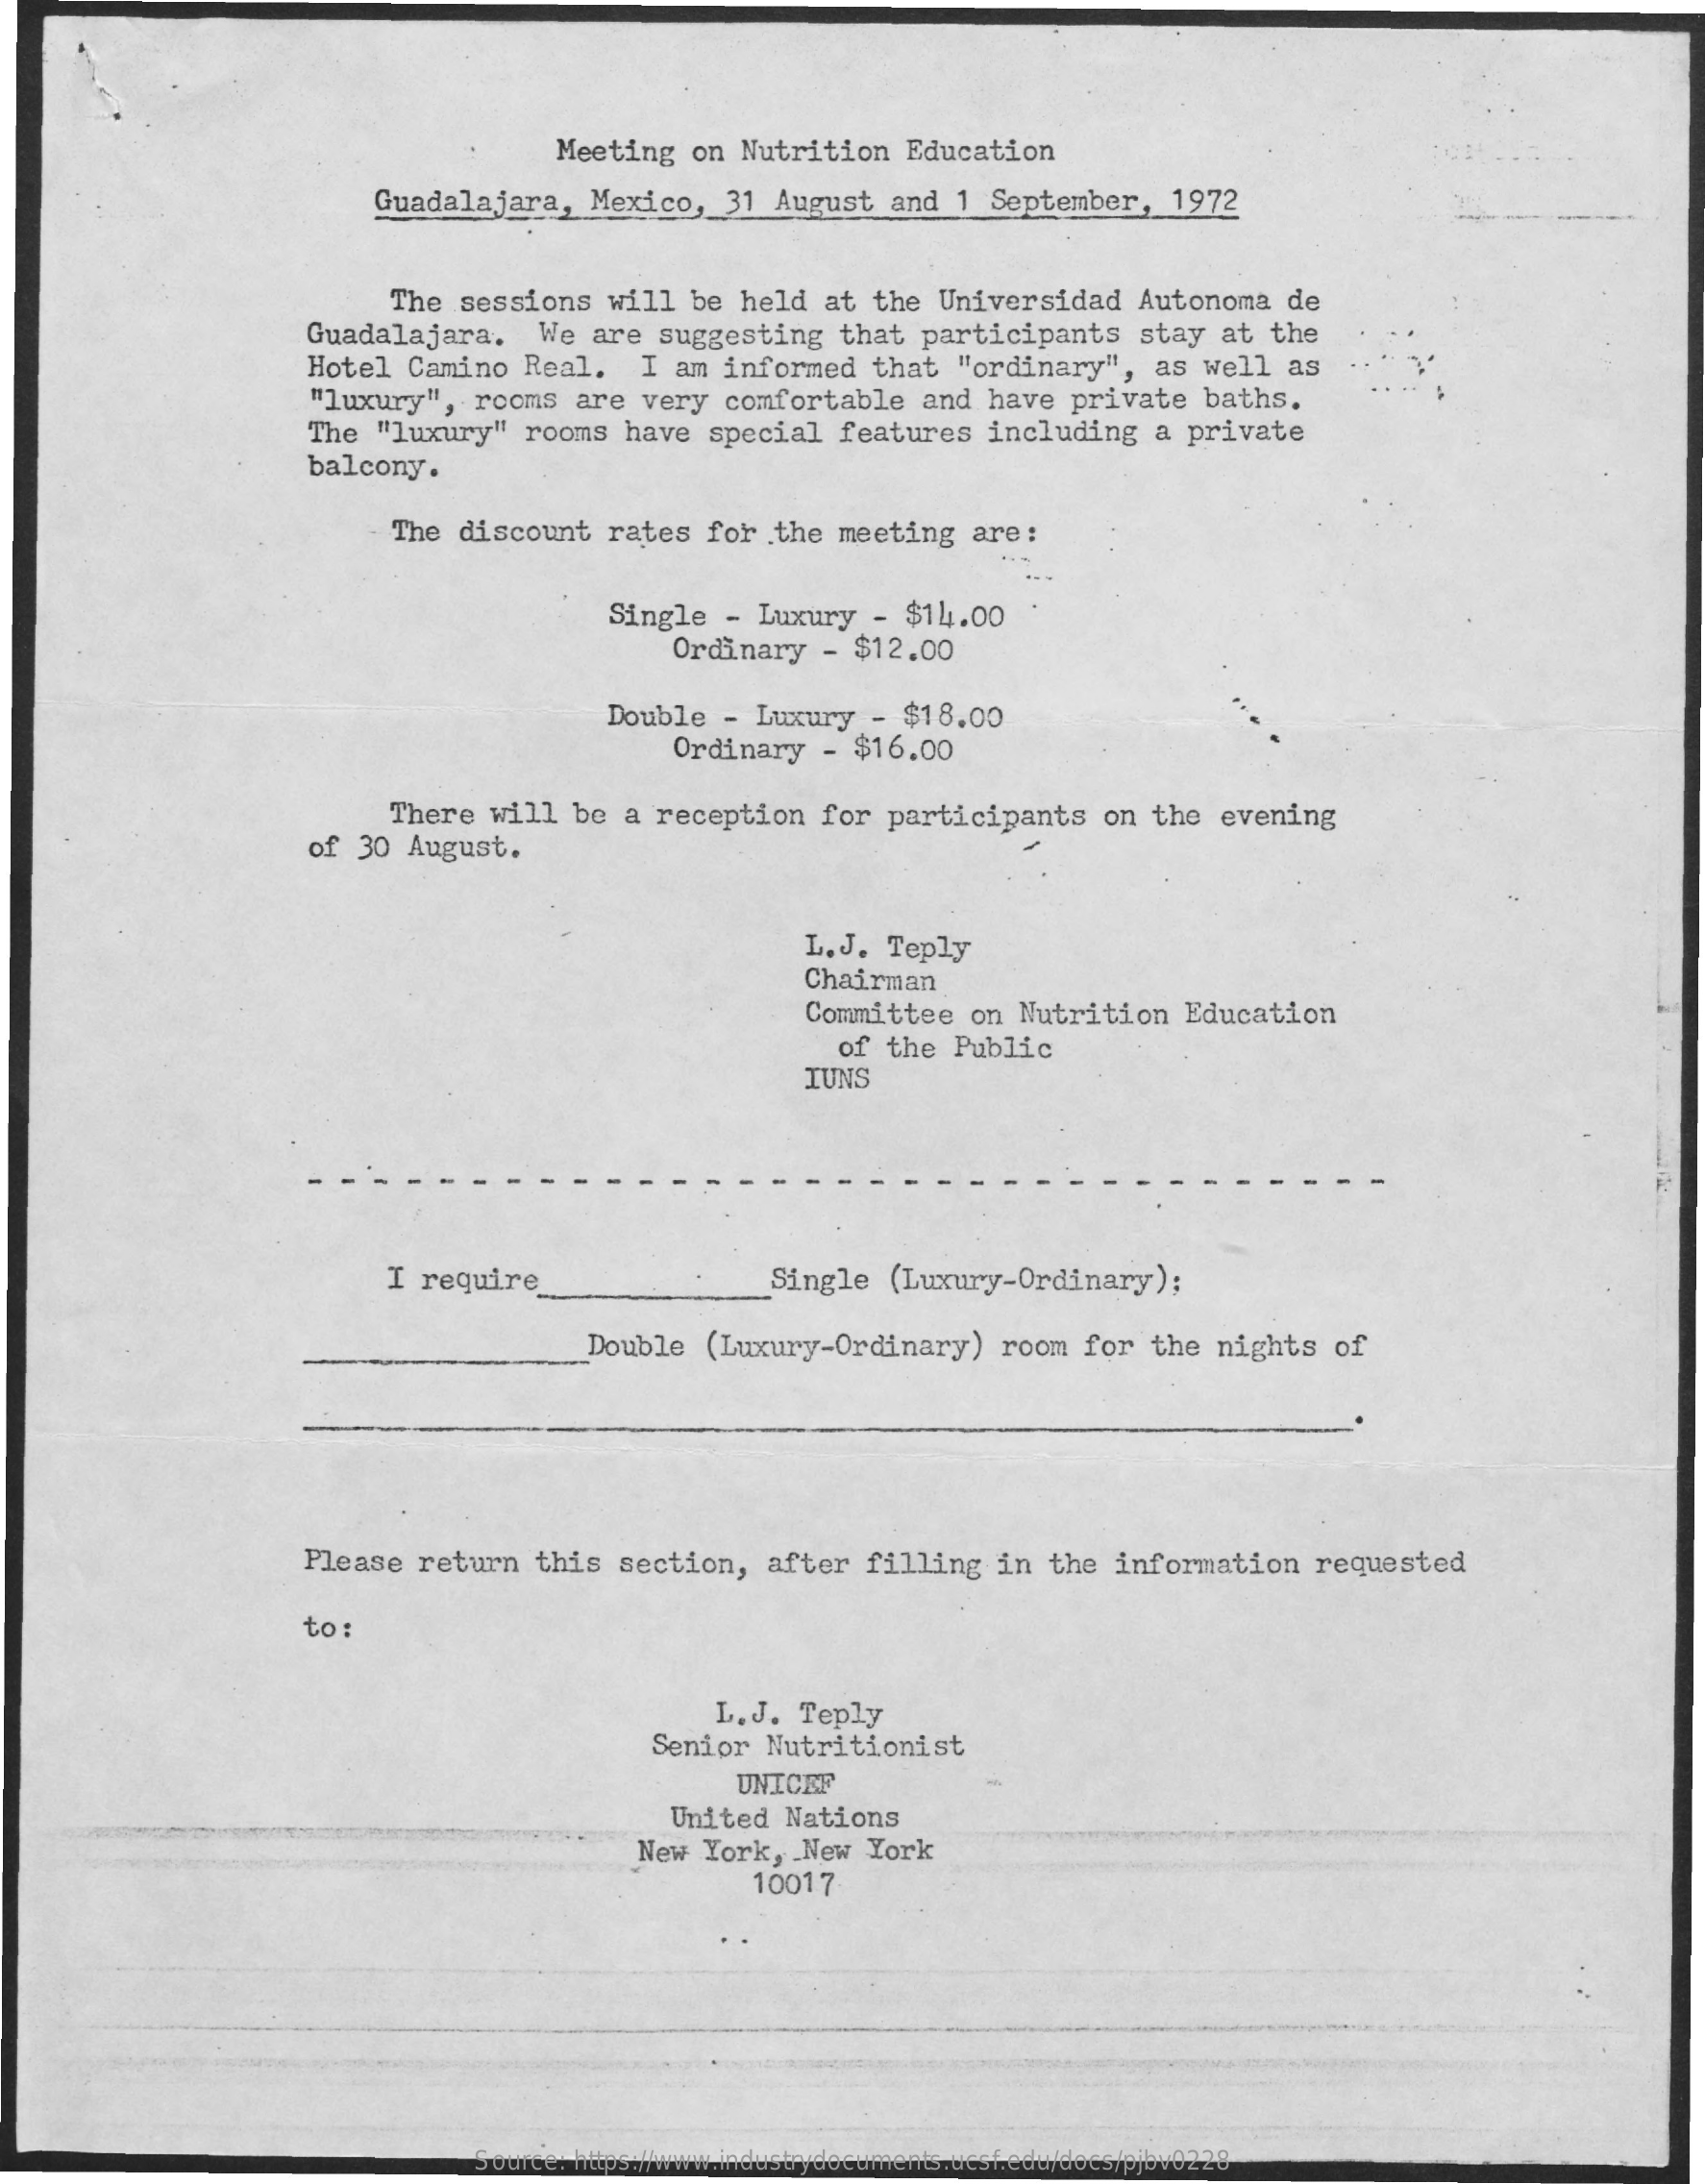
Meeting on Nutrition Education
     Guadalajara, Mexico, 31 August and 1 September, 1972
     The sessions will be held at the Universidad Autonoma de
     Guadalajara. We are suggesting that participants stay at the
     Hotel Camino Real. I am informed that "ordinary", as well as
     "luxury", rooms are very comfortable and have private baths.
     The "luxury" rooms have special features including a private
     balcony.
     The discount rates for the meeting are:
     Single - Luxury - $14.00
     Ordinary - $12.00
     Double - Luxury - $18.00
     Ordinary - $16.00
     of 30 August.
     There will be a reception for participants on the evening
     L.J. Teply
     Chairman
     Committee on Nutrition Education
     of the Public
     IUNS
     I require    Single (Luxury-Ordinary);
     Double (Luxury-Ordinary) room for the nights of
     Please return this section, after filling in the information requested
     to:
     L.J. Teply
     Senior Nutritionist
     UNICEF
     United Nations
     New York, _ New York
     10017
     Source: https://www.industrydocuments.ucsf.edu/docs/pjbv0228